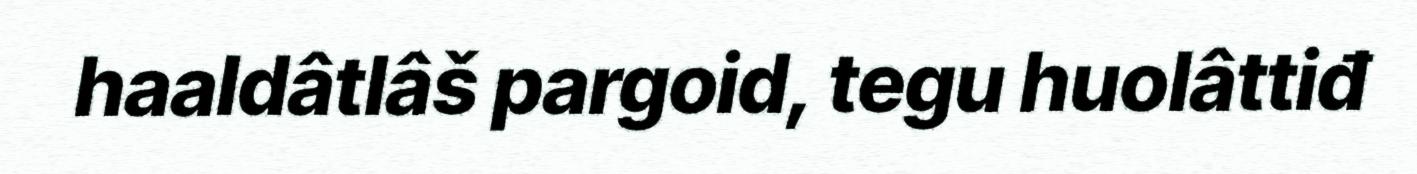
haaldâtlâš pargoid, tegu huolâttiđ